Annual report on the Civil Veterinary Department, Burma (including the Insein Veterinary School) - 1932-1941
Year: 1932
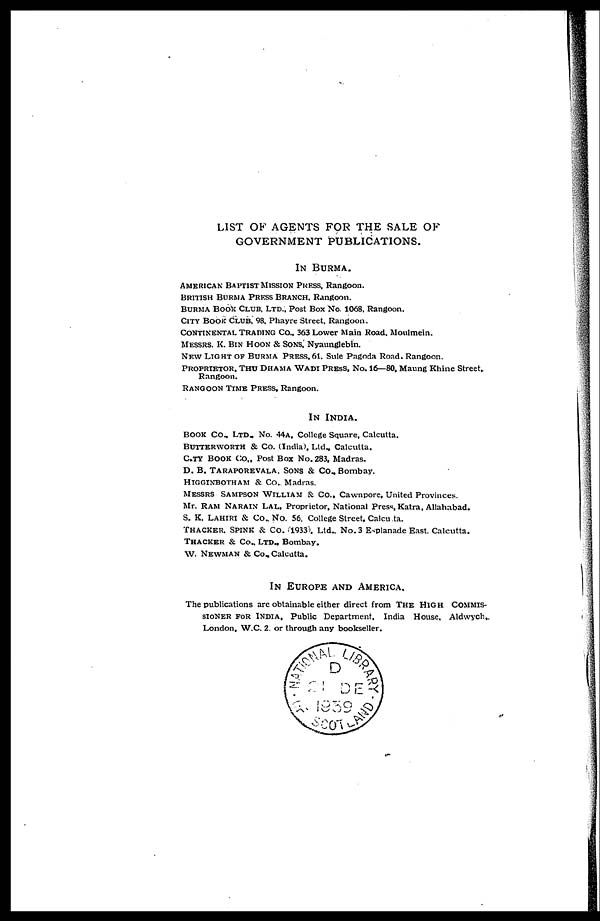
LIST OF AGENTS FOR THE SALE OF
GOVERNMENT PUBLICATIONS.
IN BURMA.
AMERICAN BAITIST MISSION PRESS. Rangoon.
BRITISH BURMA PRESS BRANCH. Rangoon.
BURMA BOOK CLUB. LTD.. Post Box No. 1068. Rangoon.
CITY BOOK CLUB. 98. Phayre Street, Rangoon.
CONTINENTAL TRADING CO.. 363 Lower Main Road. Moulmein.
MESSRS. K. BIN HOON & SONS. Nyaunglebin.
NEW LIGHT OF BURMA PRESS, 61. Sule Pagoda Road. Rangoon.
PROPRIETOR, THU DHAMA WADI PRESS, NO. 16—80. Maung Khine Street.
Rangoon.
RANGOON TIME PRESS. Rangoon.
IN INDIA.
BOOK CO., LTD. NO. 44A. College Square, Calcutta.
BUTTERWORTH & Co. (India). Ltd., Calcutta.
CITY BOOK CO., Post Box No. 283. Madras.
D. B. TARAPOREVALA. SONS & Co., Bombay.
HIGGINBOTHAM & Co. Madras.
MESSRS SAMPSON WILLIAM & Co., Cawnpore, United Provinces.
Mr. RAM NARAIN LAL, Proprietor, National Press, Katra, Allahabad.
S. K. LAHIRI & Co., No. 56. College Street, Calcutta.
THACKER, SPINK & Co. 1933, Ltd., No. 3 E-planadc East. Calcutta.
THACKER & Co., LTD. Bombay.
W. NEWMAN & Co. Calcutta.
IN EUROPE AND AMERICA.
The publications arc obtainable either direct from THE HIGH COMMIS-
SIONER FOR INDIA, Public Department, India House. Aldwych.
London, W.C. 2 or through any bookseller.